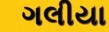
ગલીયા